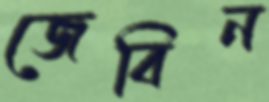
জেবিন